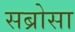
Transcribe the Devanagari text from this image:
सब्रोसा